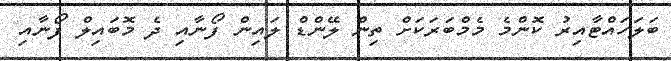
ބަލަހައްޓާއިރު ކޮންމެ މެމްބަރަކަށް ތިން ލޭންޑް ލައިން ފޯނާއި ދެ މޮބައިލް ފޯނާއި